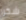
شكرا